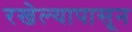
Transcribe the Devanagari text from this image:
रखेल्यापासून